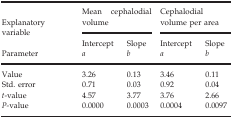
| Explanatory variable | <COLSPAN=2> Mean cephalodial volume | <COLSPAN=2> Cephalodial volume per area |
 | Parameter | Intercept a | Slope b | Intercept a | Slope b |
 | --- | --- | --- | --- | --- |
 | Value | 3.26 | 0.13 | 3.46 | 0.11 |
 | Std. error | 0.71 | 0.03 | 0.92 | 0.04 |
 | t‐value | 4.57 | 3.77 | 3.76 | 2.66 |
 | P‐value | 0.0000 | 0.0003 | 0.0004 | 0.0097 |